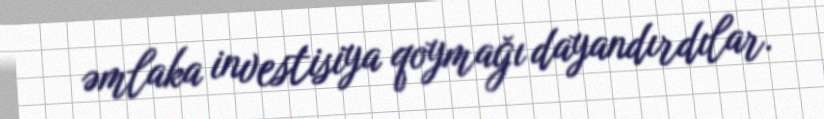
əmlaka investisiya qoymağı dayandırdılar.